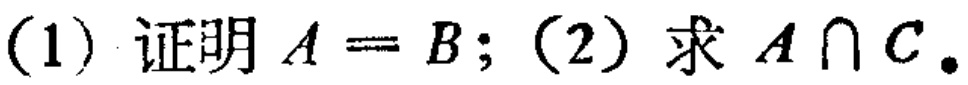
(1) 证明 \(A = B\); (2) 求 \(A\cap C\).